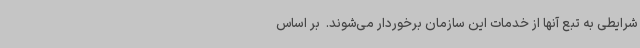
شرایطی به تبع آنها از خدمات این سازمان برخوردار می‌شوند. ‌ بر اساس